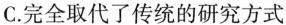
C.完全取代了传统的研究方式